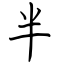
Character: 半